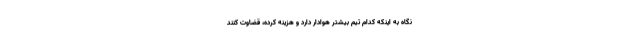
نگاه به اینکه کدام تیم بیشتر هوادار دارد و هزینه کرده، قضاوت کنند